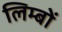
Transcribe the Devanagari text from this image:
लिम्बों